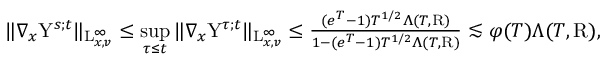
\begin{array} { r } { \Vert \nabla _ { x } \mathrm { Y } ^ { s ; t } \Vert _ { \mathrm { L } _ { x , v } ^ { \infty } } \leq \underset { \tau \leq t } { \operatorname* { s u p } } \, \Vert \nabla _ { x } \mathrm { Y } ^ { \tau ; t } \Vert _ { \mathrm { L } _ { x , v } ^ { \infty } } \leq \frac { ( e ^ { T } - 1 ) T ^ { 1 / 2 } \Lambda ( T , \mathrm { R } ) } { 1 - ( e ^ { T } - 1 ) T ^ { 1 / 2 } \Lambda ( T , \mathrm { R } ) } \lesssim \varphi ( T ) \Lambda ( T , \mathrm { R } ) , } \end{array}